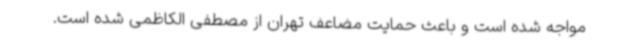
مواجه شده است و باعث حمایت مضاعف تهران از مصطفی الکاظمی شده است.